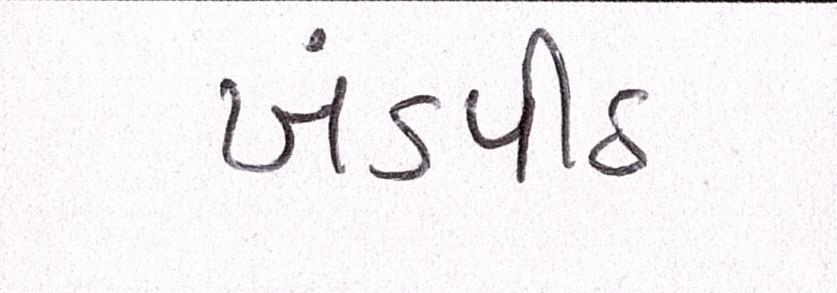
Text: ખંડપીઠ